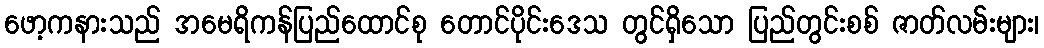
ဖော့ကနားသည် အမေရိကန်ပြည်ထောင်စု တောင်ပိုင်းဒေသ တွင်ရှိသော ပြည်တွင်းစစ် ဇာတ်လမ်းများ၊